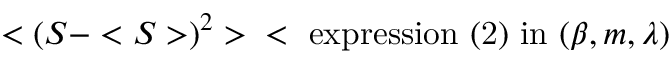
< ( S - < S > ) ^ { 2 } > \; \; < \mathrm { ~ e x p r e s s i o n ~ ( 2 ) ~ i n ~ } ( \beta , m , \lambda )